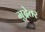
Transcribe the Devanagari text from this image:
मुद्रेतर